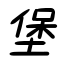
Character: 堡